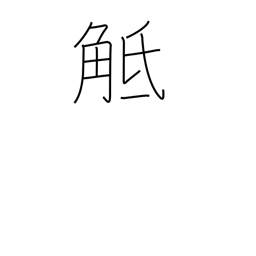
Meaning: collide with